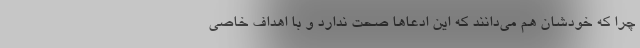
چرا که خودشان هم می‌دانند که این ادعاها صحت ندارد و با اهداف خاصی